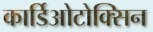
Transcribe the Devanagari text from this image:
कार्डिओटोक्सिन